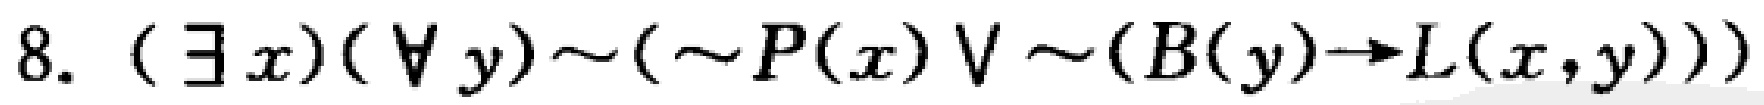
$8. (\exists x)(\forall y)\sim(\sim P(x)\vee\sim(B(y)\to L(x,y)))$